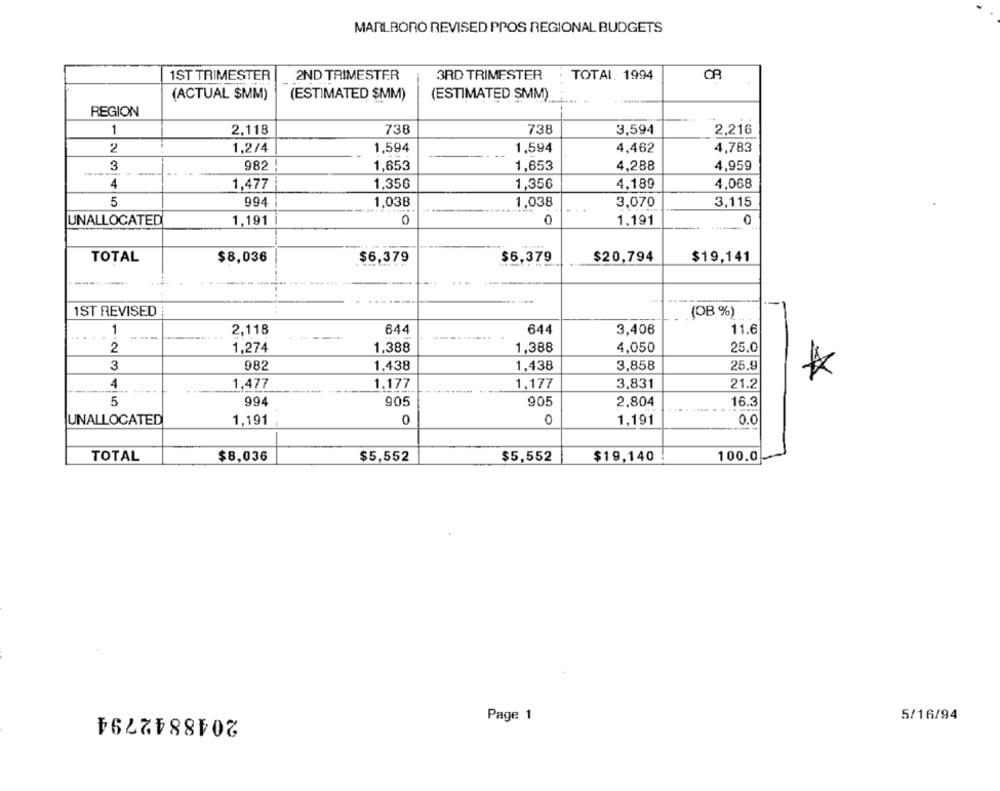
MARLBORO REVISED PPOS REGIONAL BUDGETS
1ST TRIMESTER
2ND TRIMESTER
3RD TRIMESTER
TOTAL. 1994
CR
(ACTUAL $MM)
(ESTIMATED $MM)
(ESTIMATED SMM)
REGION
1
2,118
738
738
3,594
2,216
2
1,2/4
1,594
1,594
4,462
4,783
3
982
1,653
1,653
4,288
4,959
4
1,477
1,350
1,350
4,189
4,068
5
994
1,038
1,038
3,070
3,115
UNALLOCATED
1,191
0
1,191
TOTAL
$8,036
$6,379
$6,379
$20,794
$19,141
1ST REVISED
(OB %)
1
2,118
644
644
3,406
11.6
2
1,274
1.388
1,388
4,050
25.0
3
982
1,438
1,438
3,858
25.9
4
1,477
1,177
1,177
3,831
21.2
5
994
905
905
2,804
16.3
0
0
1,191
0.0
UNALLOCATED
1,191
TOTAL
$8,036
$5,552
$5,552
$19,140
100.0
2048842794
Page 1
5/16/94